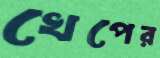
খেপের